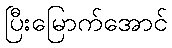
ပြီးမြောက်အောင်